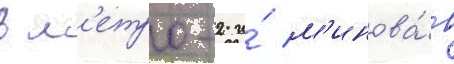
в м'етро-2 и́ м'инова́в